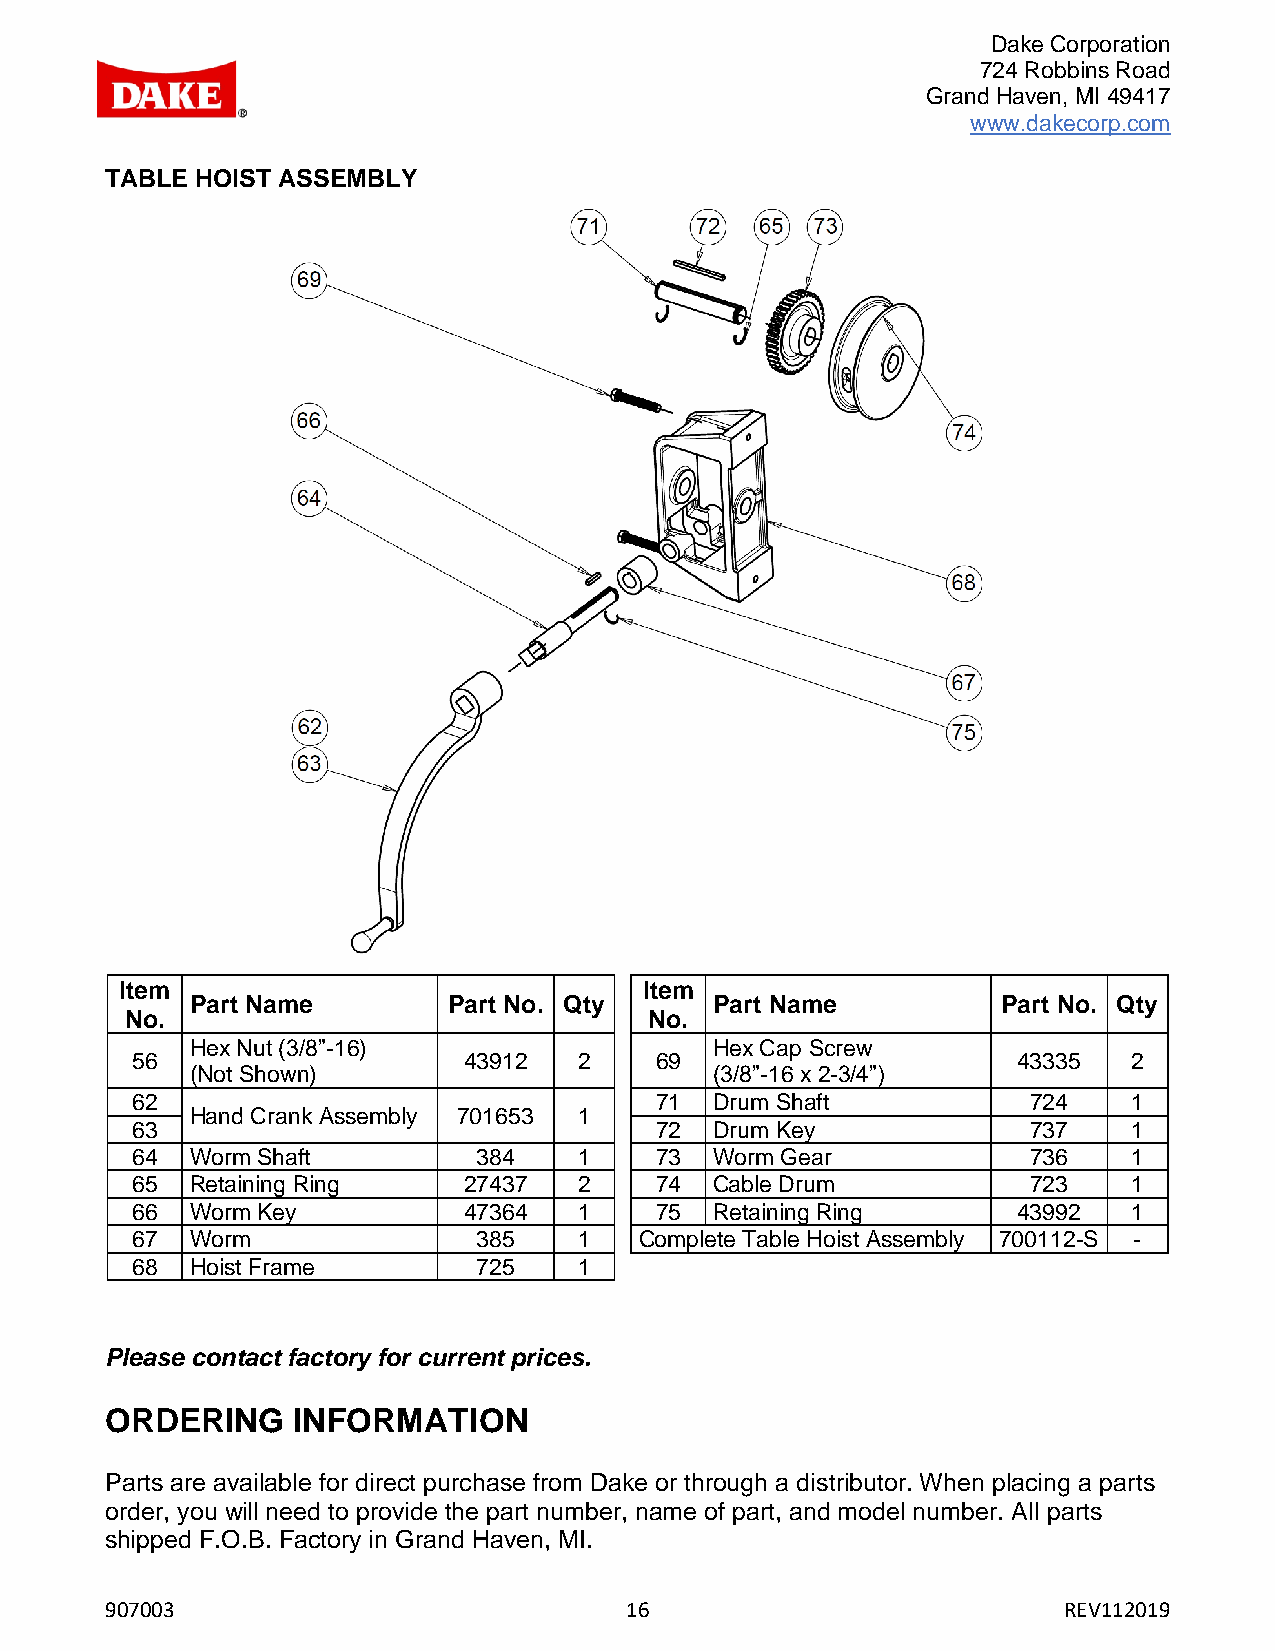
Dake Corporation
 724 Robbins Road
 Grand Haven, MI 49417
 www.dakecorp.com
 TABLE HOIST ASSEMBLY
 Item                               Item
 Part Name        Part No. Qty     Part Name          Part No. Qty
 No.                                No.
 Hex Nut (3/8”-16)                 Hex Cap Screw
 56                    43912  2    69                      43335   2
 (Not Shown)                       (3/8”-16 x 2-3/4”)
 62                                71  Drum Shaft           724    1
 Hand Crank Assembly 701653 1
 63                                72  Drum Key             737    1
 64  Worm Shaft         384   1    73  Worm Gear            736    1
 65  Retaining Ring    27437  2    74  Cable Drum           723    1
 66  Worm Key          47364  1    75  Retaining Ring      43992   1
 67  Worm               385   1   Complete Table Hoist Assembly 700112-S -
 68  Hoist Frame        725   1
 Please contact factory for current prices.
 ORDERING    INFORMATION
 Parts are available for direct purchase from Dake or through a distributor. When placing a parts
 order, you will need to provide the part number, name of part, and model number. All parts
 shipped F.O.B. Factory in Grand Haven, MI.
 907003                            16                           REV112019